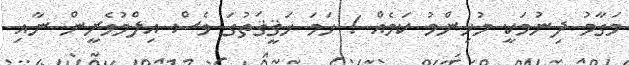
މަގާމު ދިނުމަކީ މުހިންމު ކަމެއް ! ހަމަ ހަޤީޤަތުގަ ވެސް އިލްމުވެރީން ނާއި